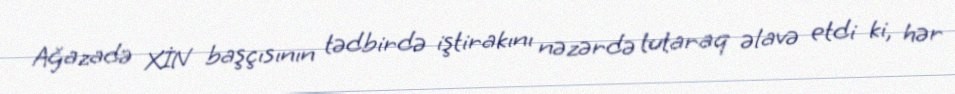
Ağazadə XİN başçısının tədbirdə iştirakını nəzərdə tutaraq əlavə etdi ki, hər